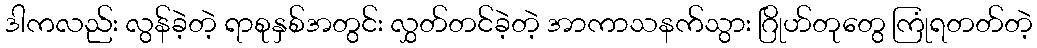
ဒါကလည်း လွန်ခဲ့တဲ့ ရာစုနှစ်အတွင်း လွှတ်တင်ခဲ့တဲ့ အာကာသနက်သွား ဂြိုဟ်တုတွေ ကြုံရတတ်တဲ့